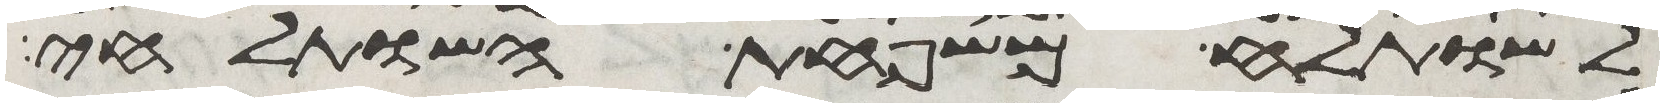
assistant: לשותלח משפחת השותלחי